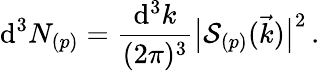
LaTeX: \mathrm{d}^{3}N_{(p)}=\frac{\mathrm{d}^{3}k}{(2\pi)^{3}}\bigl|{\cal S}_{(p)}(\vec{k})\bigr|^{2}\, .